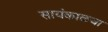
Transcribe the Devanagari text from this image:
सायंकाळचा